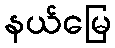
နယ်မြေ